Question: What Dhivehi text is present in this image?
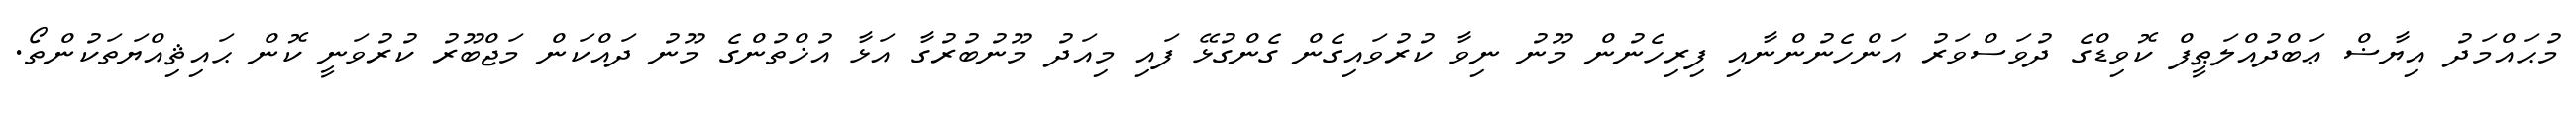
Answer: މުޙައްމަދު އިޔާޟް ޢަބްދުއްލަޠީފް ކޮވިޑްގެ ދުވަސްވަރު އަންހެނުންނާއި ފިރިހެނުން މޫނު ނިވާ ކުރުވައިގެން ގެންގުޅޭ ފައި މިއަދު މޫނުބުރުގާ އަޅާ އުޚްތުންގެ މޫނު ދައްކަން މަޖްބޫރު ކުރުވަނީ ކޮން ޙައިޘިއްޔަތަކުންތޯ.